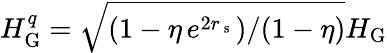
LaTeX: H_{\mathrm{G}}^{q}=\sqrt{(1-\eta\, e^{2r_{\mathrm{~s~}}})/(1-\eta)}H_{\mathrm{G}}